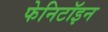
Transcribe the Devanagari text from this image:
फेनिटॉइन